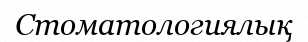
Стоматологиялық